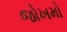
જોખમો